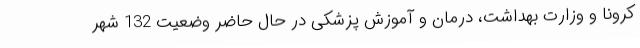
کرونا و وزارت بهداشت، درمان و آموزش پزشکی در حال حاضر وضعیت 132 شهر